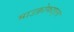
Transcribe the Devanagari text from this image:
माउक्रोफाइला